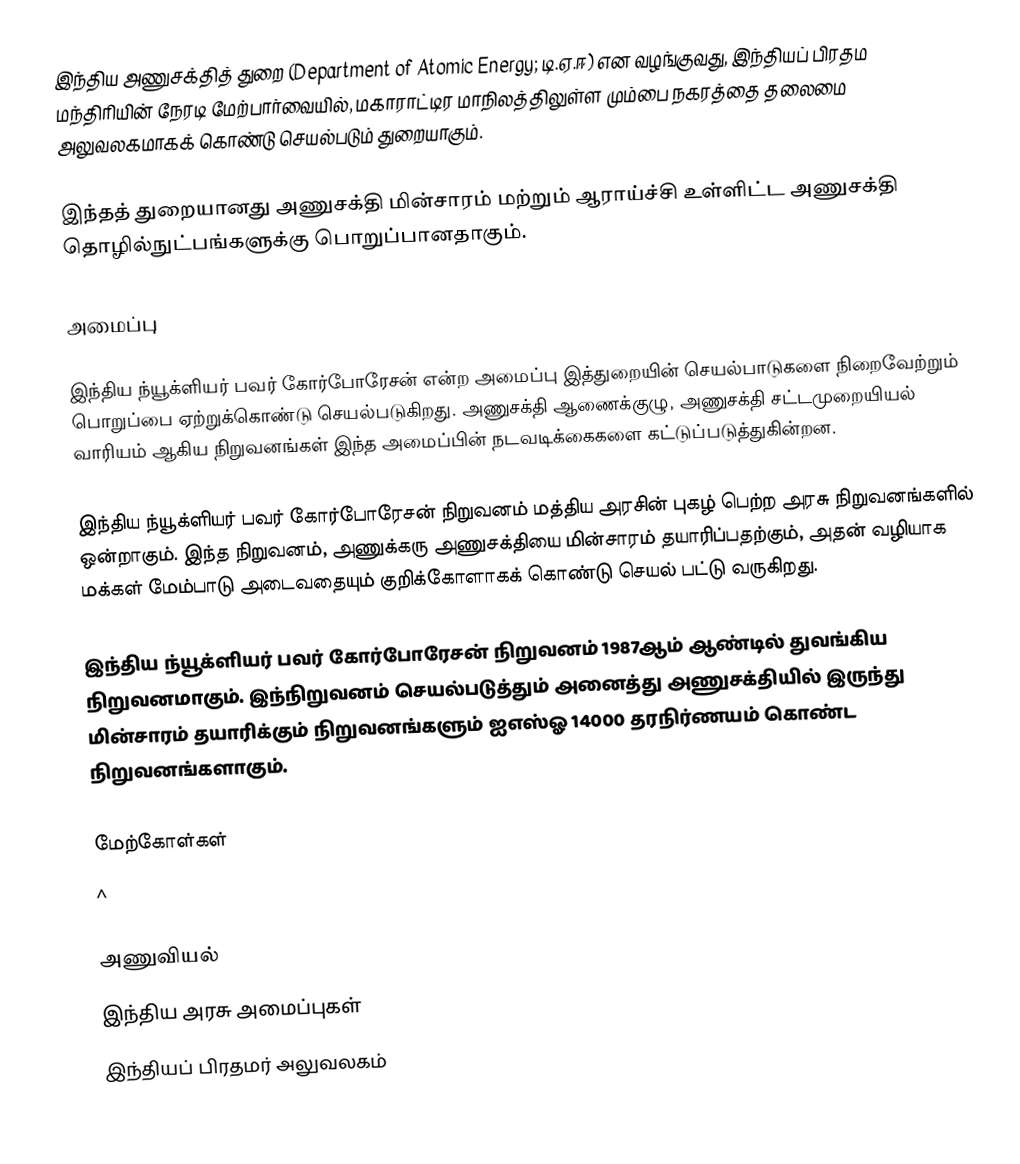
இந்திய அணுசக்தித் துறை (Department of Atomic Energy; டி.ஏ.ஈ) என வழங்குவது, இந்தியப் பிரதம மந்திரியின் நேரடி மேற்பார்வையில், மகாராட்டிர மாநிலத்திலுள்ள மும்பை நகரத்தை தலைமை அலுவலகமாகக் கொண்டு செயல்படும் துறையாகும்.

இந்தத் துறையானது அணுசக்தி மின்சாரம் மற்றும் ஆராய்ச்சி உள்ளிட்ட அணுசக்தி தொழில்நுட்பங்களுக்கு பொறுப்பானதாகும்.

அமைப்பு

இந்திய ந்யூக்ளியர் பவர் கோர்போரேசன் என்ற அமைப்பு இத்துறையின் செயல்பாடுகளை நிறைவேற்றும் பொறுப்பை ஏற்றுக்கொண்டு செயல்படுகிறது. அணுசக்தி ஆணைக்குழு, அணுசக்தி சட்டமுறையியல் வாரியம் ஆகிய நிறுவனங்கள் இந்த அமைப்பின் நடவடிக்கைகளை கட்டுப்படுத்துகின்றன.

இந்திய ந்யூக்ளியர் பவர் கோர்போரேசன்  நிறுவனம் மத்திய அரசின் புகழ் பெற்ற அரசு நிறுவனங்களில் ஒன்றாகும். இந்த நிறுவனம், அணுக்கரு அணுசக்தியை மின்சாரம் தயாரிப்பதற்கும், அதன் வழியாக மக்கள் மேம்பாடு அடைவதையும் குறிக்கோளாகக் கொண்டு செயல் பட்டு வருகிறது.

இந்திய ந்யூக்ளியர் பவர் கோர்போரேசன் நிறுவனம் 1987ஆம் ஆண்டில் துவங்கிய நிறுவனமாகும். இந்நிறுவனம் செயல்படுத்தும் அனைத்து அணுசக்தியில் இருந்து மின்சாரம் தயாரிக்கும் நிறுவனங்களும் ஐஎஸ்ஓ 14000  தரநிர்ணயம் கொண்ட நிறுவனங்களாகும்.

மேற்கோள்கள்
^

அணுவியல்
இந்திய அரசு அமைப்புகள்
இந்தியப் பிரதமர் அலுவலகம்